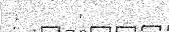
:    '